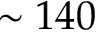
\sim 1 4 0